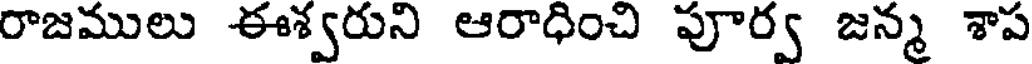
రాజములు ఈశ్వరుని ఆరాధించి పూర్వ జన్మ శాప